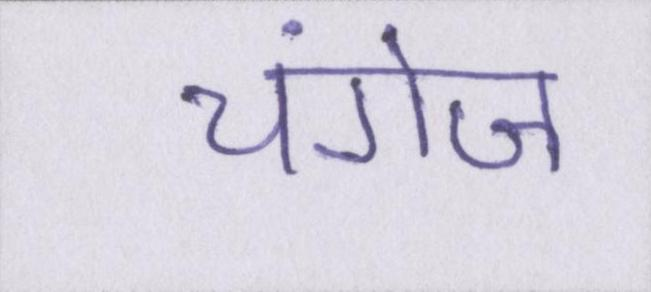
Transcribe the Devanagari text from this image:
चंगेज